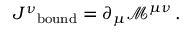
{ J ^ { \nu } } _ { \mathrm { b o u n d } } = \partial _ { \mu } { \mathcal { M } } ^ { \mu \nu } \, .